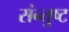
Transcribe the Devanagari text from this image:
संन्तुष्ट